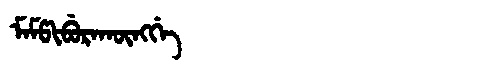
Manchu: ᠮᠠᠮᡦᡳᠪᡠᡵᠠᡴᡡᠩᡤᡝ
Romanization: MAMPIBURAKŪNGGE